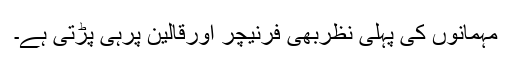
مہمانوں کی پہلی نظربھی فرنیچر اورقالین پرہی پڑتی ہے۔